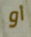
أو